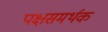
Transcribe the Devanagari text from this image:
पक्षसमर्थक